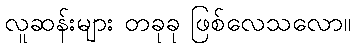
လူဆန်းများ တခုခု ဖြစ်လေသလော။